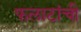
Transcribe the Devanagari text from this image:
फलाटांची